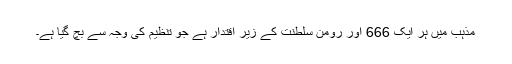
مذہب میں ہر ایک 666 اور رومن سلطنت کے زیر اقتدار ہے جو تنظیم کی وجہ سے بچ گیا ہے۔